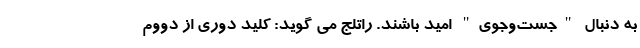
به دنبال "جست‌و‌جوی" امید باشند. راتلج می گوید: کلید دوری از دووم